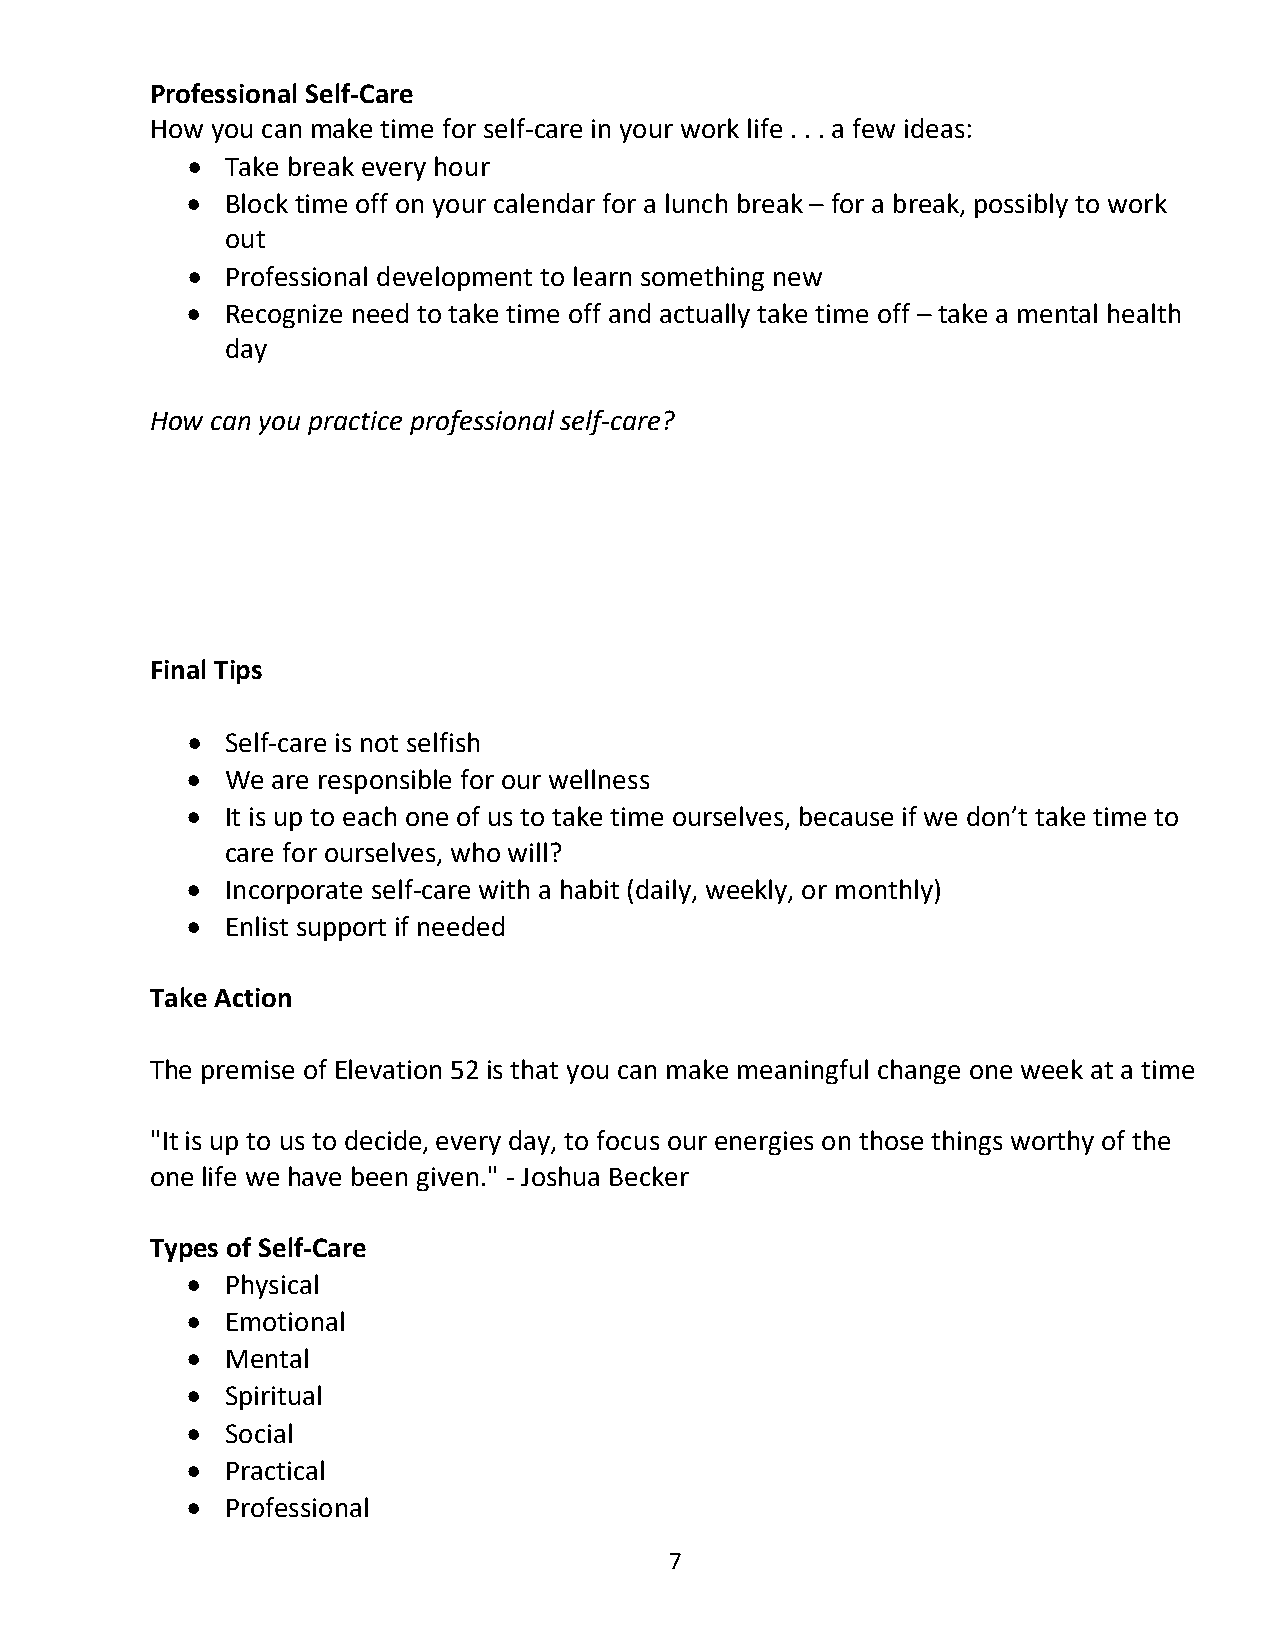
Professional Self-Care
 How you can make time for self-care in your work life . . . a few ideas:
 •  Take break every hour
 •  Block time off on your calendar for a lunch break – for a break, possibly to work
 out
 •  Professional development to learn something new
 •  Recognize need to take time off and actually take time off – take a mental health
 day
 How can you practice professional self-care?
 Final Tips
 •  Self-care is not selfish
 •  We are responsible for our wellness
 •  It is up to each one of us to take time ourselves, because if we don’t take time to
 care for ourselves, who will?
 •  Incorporate self-care with a habit (daily, weekly, or monthly)
 •  Enlist support if needed
 Take Action
 The premise of Elevation 52 is that you can make meaningful change one week at a time
 "It is up to us to decide, every day, to focus our energies on those things worthy of the
 one life we have been given." - Joshua Becker
 Types of Self-Care
 •  Physical
 •  Emotional
 •  Mental
 •  Spiritual
 •  Social
 •  Practical
 •  Professional
 7